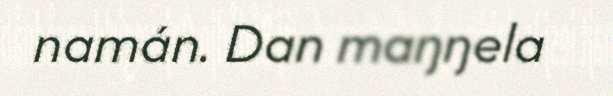
namán. Dan maŋŋela